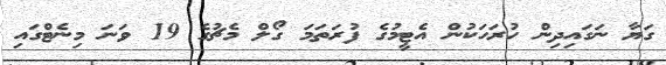
ގަޔާ ނަގައިދިން ހުރަހަކުން އެޓީމުގެ ފުރަތަމަ ގޯލް މެޗުގެ 19 ވަނަ މިނެޓްގައި